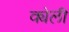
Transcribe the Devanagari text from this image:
क्येली